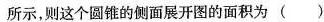
所示，则这个圆锥的侧面展开图的面积为( )